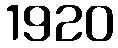
1920